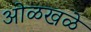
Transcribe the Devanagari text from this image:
ओळखळे